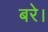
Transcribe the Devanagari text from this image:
बरे।